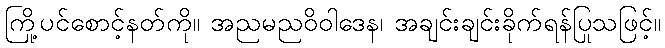
ကြို့ပင်စောင့်နတ်ကို။ အညမညဝိဝါဒေန၊ အချင်းချင်းခိုက်ရန်ပြုသဖြင့်။